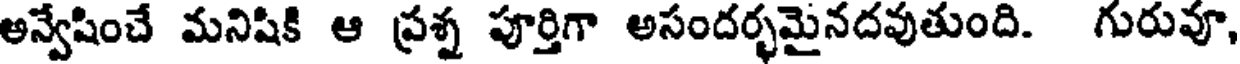
అన్వేషించే మనిషికి ఆ ప్రశ్న పూర్తిగా అసందర్భమైనదవుతుంది. గురువూ,